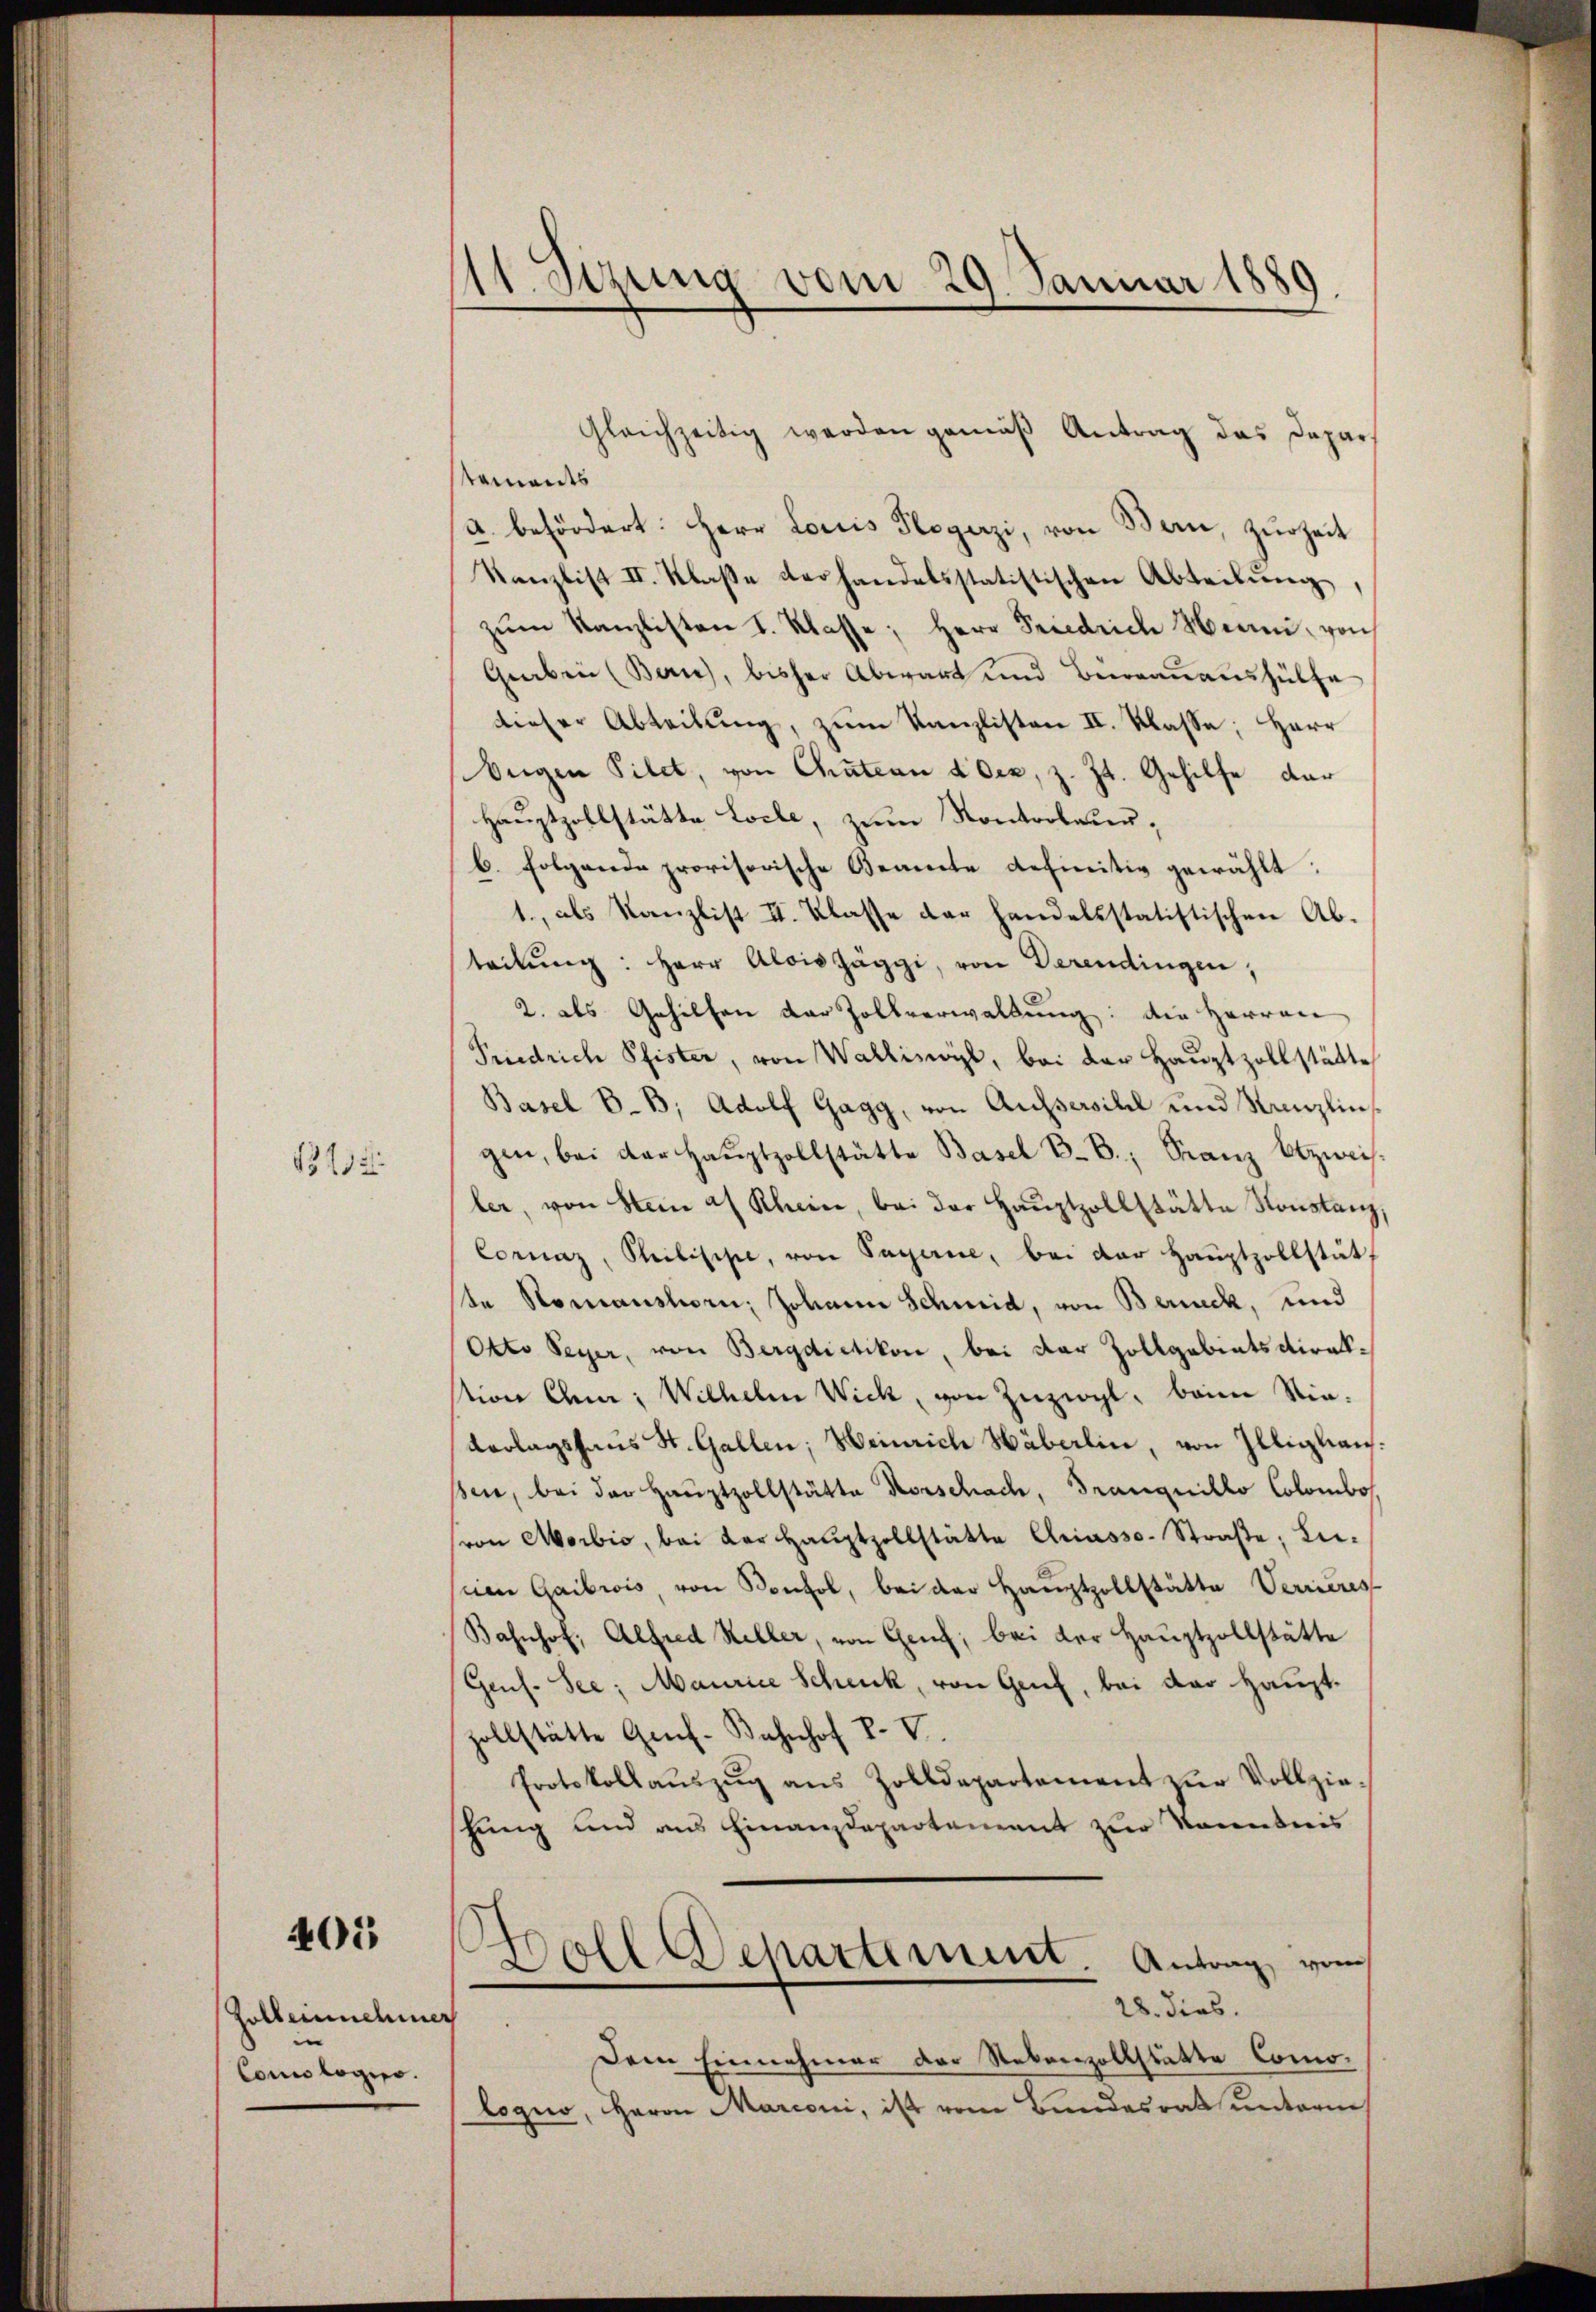
B 192.

401

Holbernehmer
Conologiso.

11. Sezung vom 29. Januar 1889

Gleichzeitig werden gemäß Antrag das Dapars
taments
u befördert: Herr Louis Flogerzi, von Bern, zurZeit
Kanzlist II. Klaße verhandelsstatistischen Abteilŭng,
zŭm Kanzlisten I. Klasse, Herr Friedrich Henni, von
Graben (Bern, bisher Abwart und Bierraṅaŭshülfe
dieser Abteilung, zum Kanzlisten II. Klasse; Herr
Oeigen Filet, von Chateau doex, z. Zt. Gehilfe dar
Hauptzollstätte Loche, zum Kontroleurb. Folgende provisorische Beamte definitiv gewählt:
1., als Kanzlist II. Klasse der handelsstatistischen Ab-
teilŭng: Herr Alois Zäggi, von Derendingen,
2. als Gehilfen der Zollverwaltŭng: die Herren
Friedrich Pfister, von Wallisoyl, bei der Hauptzollstätte
Basel E.B; Adolf Gagg, von Aussersihl und Kanzlins
gen, bei der Haŭptzollstätte Basel d. B., Franz Otzweis
ler, von Stein a. Rhein, bei der Haŭptzollstätte Konstanz,
Cornaz, Philische, von Sagene, bei der Hauptzollstät,
te Nomanshorn, Johann Schmid, von Zürich, und
Otto Peyer, von Bergdietikon, bei der Zollgabiatsdiraksion Chen: Wilhelm Wick, von Zuziegl, beim Nie¬
Verlagshaus St. Gallen; Weinrich Häberlin, von Illigkan:
ßen, bei der Hauptzollstätte Horschach, Tranquillo Colombos
von Morbio, bei der Haŭptzollstätte Chriasso- Straβe, Li-
iien Gaibiois, von Konsol, bei der Hauptzollstätte Verrieres
Bahnhof, Alfred Keller, von Genf; bei der Hauptzollstätte
Ges. See, Maurice Schenk, von Genf, bei der Hauptzollstätte Genf. Bahnhof v. V.
Protokollaŭszŭg ans Zolldepartement zŭr Vollzie-
shung und aus Finanzdepartement zur Kenntnis
.
Doll Departement Antrag vom
28. dies
Dem Einnehmer der Nebenzollstätte Comologno, Herrn Marconi, ist vom Bundesrath unterm